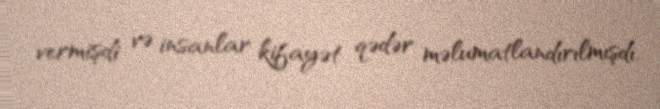
vermişdi və insanlar kifayət qədər məlumatlandırılmışdı.